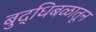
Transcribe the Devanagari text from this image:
बुद्धिबळातून